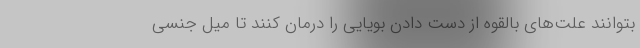
بتوانند علت‌های بالقوه از دست دادن بویایی را درمان کنند تا میل جنسی